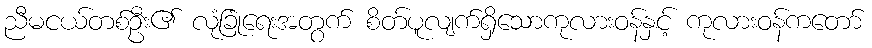
ညီမငယ်တစ်ဦး၏ လုံခြုံရေးအတွက် စိတ်ပူလျက်ရှိသောကုလားဝန်နှင့် ကုလားဝန်ကတော်